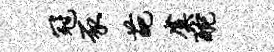
冠豕葩虞酡